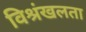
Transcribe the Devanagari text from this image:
विश्रंखलता